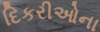
દિકરીઓના